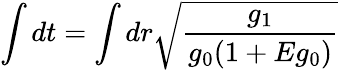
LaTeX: \int dt=\int dr\sqrt{\frac{g_{1}}{g_{0}(1+Eg_{0})}}\;